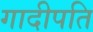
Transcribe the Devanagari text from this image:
गादीपति